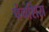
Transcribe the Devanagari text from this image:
पंचशिरा